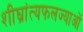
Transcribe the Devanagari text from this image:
शीघ्रांत्यफलज्याओं